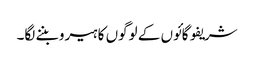
شریفو گائوں کے لوگوں کا ہیرو بننے لگا۔